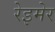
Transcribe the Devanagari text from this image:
रेइमेर